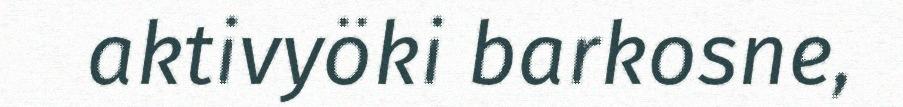
aktivyöki barkosne,